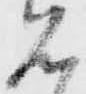
見